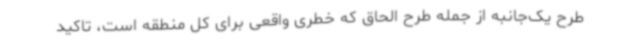
طرح یک‌جانبه از جمله طرح الحاق که خطری واقعی برای کل منطقه است، تاکید